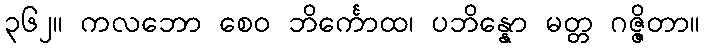
၃၆၂။ ကလဘော စေဝ ဘိင်္ကောထ၊ ပဘိန္နော မတ္တ ဂဇ္ဇိတာ။